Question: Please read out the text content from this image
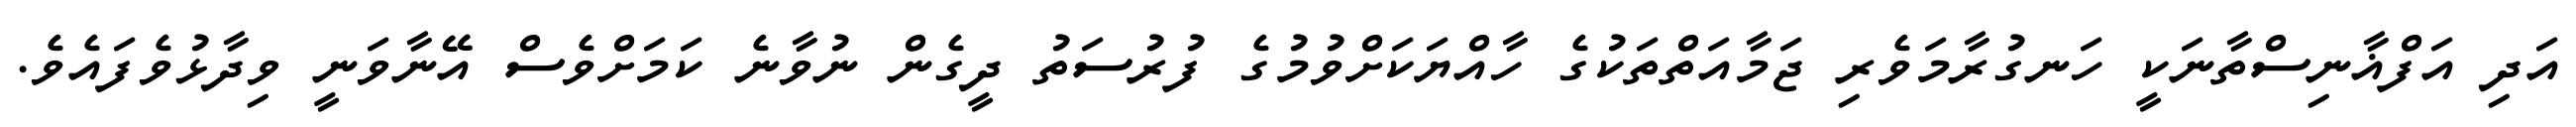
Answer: އަދި އަފްޣާނިސްތާނަކީ ހަނގުރާމަވެރި ޖަމާއަތްތަކުގެ ހާއްޔަކަށްވުމުގެ ފުރުސަތު ދީގެން ނުވާނެ ކަމަށްވެސް އޭނާވަނީ ވިދާޅުވެފައެވެ.